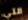
التي